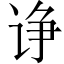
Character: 诤